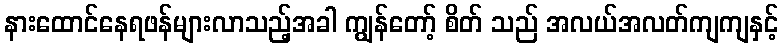
နားထောင်နေရဖန်များလာသည့်အခါ ကျွန်တော့် စိတ် သည် အလယ်အလတ်ကျကျနှင့်